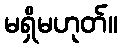
မရှိမဟုတ်။